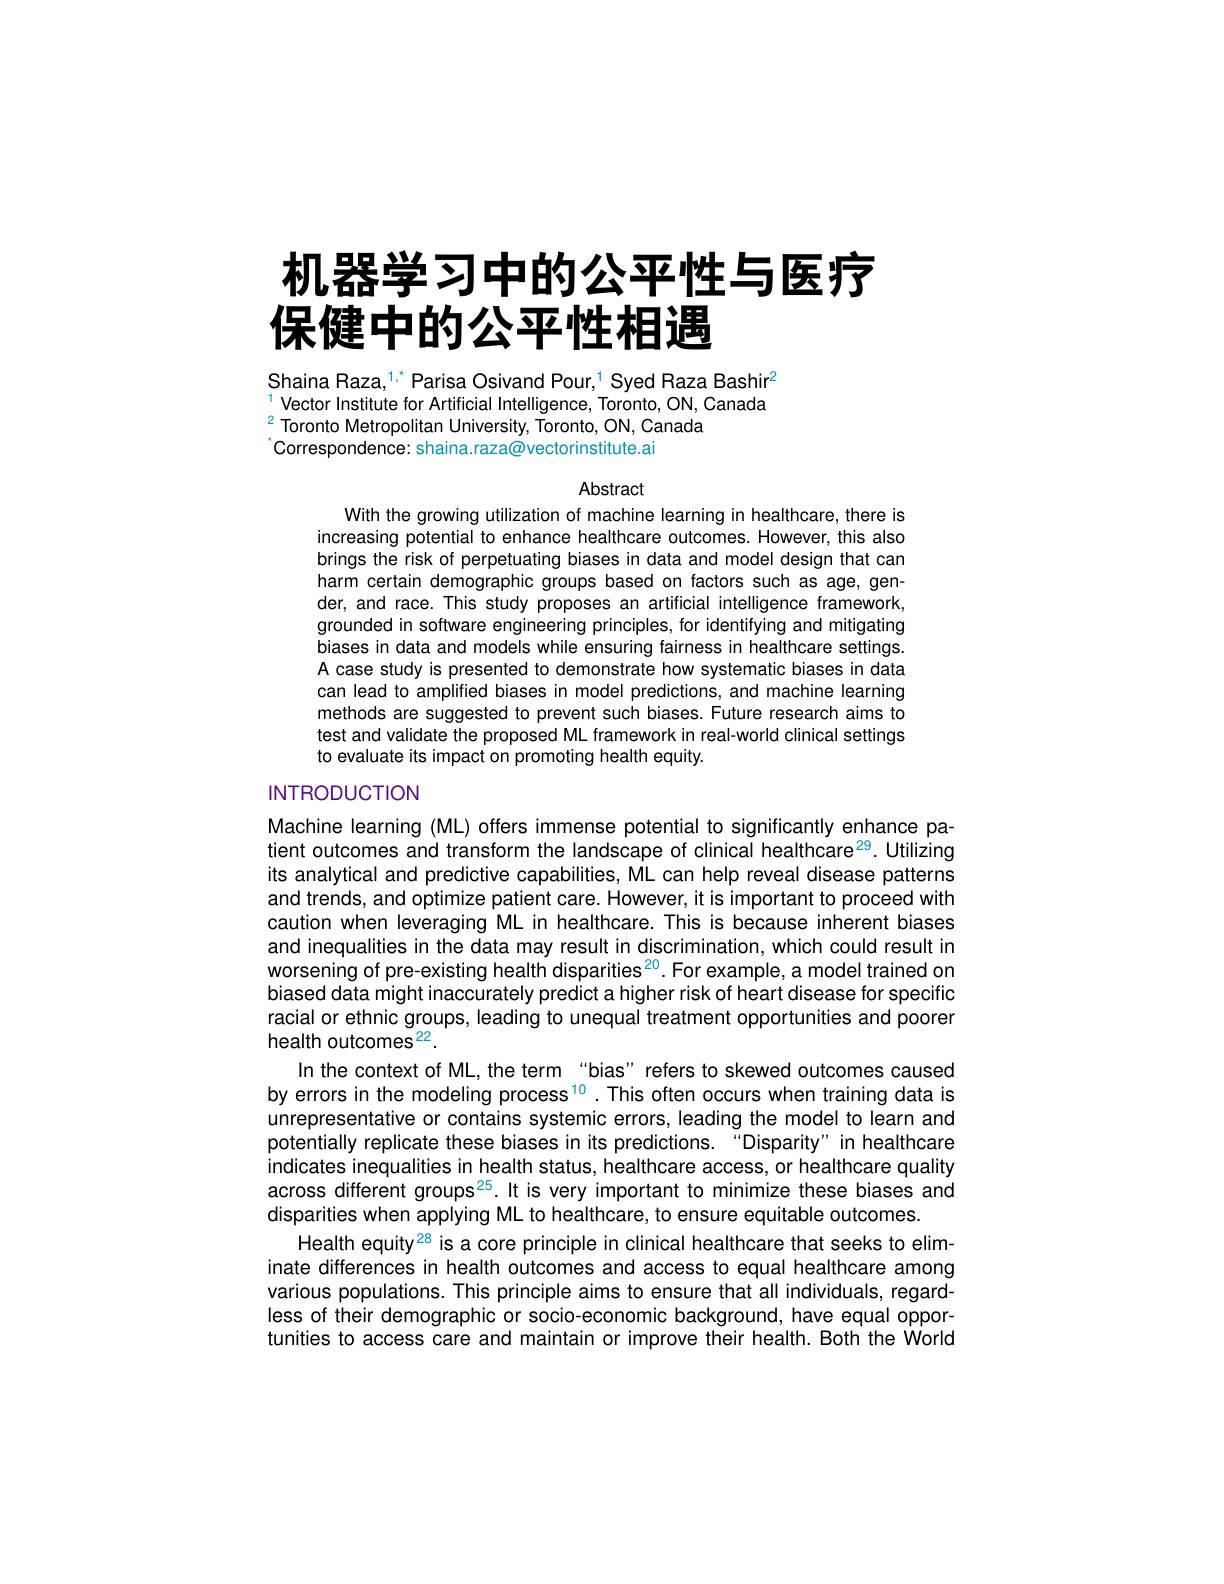
# 机器学习中的公平性与医疗保健中的公平性相遇

Shaina Raza,$^{1,^{*}}$Parisa Osivand Pour,$^{1}$ Syed Raza Bashir$^2$ Vector Institute for Artificial Intelligence, Toronto, ON, Canada $^{2}$Toronto Metropolitan University, Toronto, ON, Canada
Correspondence: shaina.raza@vectorinstitute.ai

Abstract

With the growing utilization of machine learning in healthcare, there is increasing potential to enhance healthcare outcomes. However, this also brings the risk of perpetuating biases in data and model design that can harm certain demographic groups based on factors such as age, gender, and race. This study proposes an artificial intelligence framework, grounded in software engineering principles, for identifying and mitigating biases in data and models while ensuring fairness in healthcare settings. A case study is presented to demonstrate how systematic biases in data can lead to amplified biases in model predictions, and machine learning methods are suggested to prevent such biases. Future research aims to test and validate the proposed ML framework in real-world clinical settings to evaluate its impact on promoting health equity.

INTRODUCTION

Machine learning (ML) offers immense potential to significantly enhance patient outcomes and transform the landscape of clinical healthcare$^{29}$. Utilizing its analytical and predictive capabilities, ML can help reveal disease patterns and trends, and optimize patient care. However, it is important to proceed with caution when leveraging ML in healthcare. This is because inherent biases and inequalities in the data may result in discrimination, which could result in worsening of pre-existing health disparities$^{20}$.For example, a model trained on biased data might inaccurately predict a higher risk of heart disease for specific racial or ethnic groups, leading to unequal treatment opportunities and poorer health outcomes$^{22}.$
In the context of ML, the term "bias" refers to skewed outcomes caused by errors in the modeling process $^{10}$ .This often occurs when training data is unrepresentative or contains systemic errors, leading the model to learn and potentially replicate these biases in its predictions. "Disparity" in healthcare indicates inequalities in health status, healthcare access, or healthcare quality across different groups$^{25}$.It is very important to minimize these biases and disparities when applying ML to healthcare, to ensure equitable outcomes.
Health equity$^{28}$ is a core principle in clinical healthcare that seeks to eliminate differences in health outcomes and access to equal healthcare among various populations. This principle aims to ensure that all individuals, regardless of their demographic or socio-economic background, have equal opportunities to access care and maintain or improve their health. Both the World